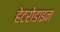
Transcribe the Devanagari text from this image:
हेटरोडाइन